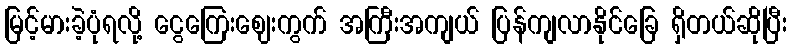
မြင့်မားခဲ့ပုံရလို့ ငွေကြေးဈေးကွက် အကြီးအကျယ် ပြန်ကျလာနိုင်ခြေ ရှိတယ်ဆိုပြီး